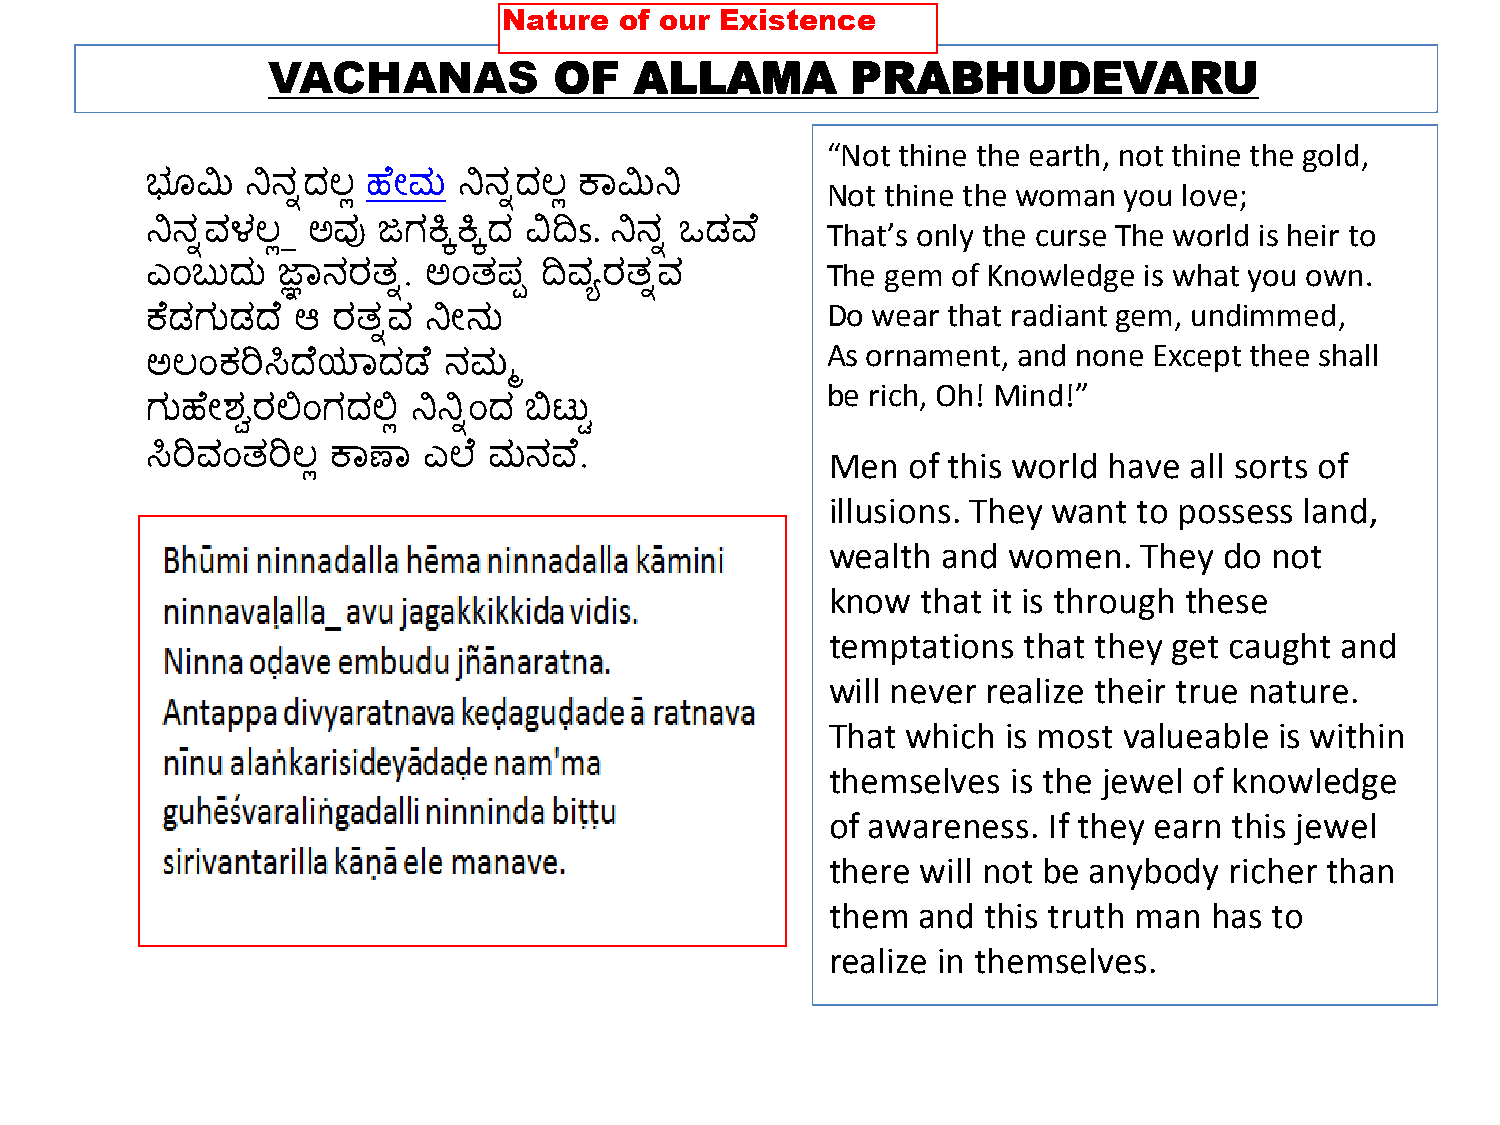
VACHANAS           OF   ALLAMA        PRABHUDEVARU
 “Not thine the earth, not thine the gold,
 ಭ್ಮಿ  ನ್ನನಿದಲ್ಲ ಹ ೋಮ ನ್ನನಿದಲ್ಲ ಕಾಮಿನ್ನ       Not thine the woman you love;
 s.
 That’s only the curse The world is heir to
 ನ್ನನಿವಳಲ್_ಲ ಅವು ಜಗಕ್ಕಿಕ್ಕಿದ ವಿದಿ ನ್ನನಿ ಒಡವ್
 The gem of Knowledge is what you own.
 ಎಂಬುದು  ಜ್ಞಾನರತ್ಿ. ಅಂತ್ಪಪ ದಿವಯರತ್ಿವ
 Do wear that radiant gem, undimmed,
 ಕ ಡಗುಡದ   ಆ ರತ್ಿವ ನ್ನೋನು
 As ornament, and none Except thee shall
 ಅಲ್ಂಕರಿಸಿದ ಯ್ಾದಡ   ನಮಮ
 be rich, Oh! Mind!”
 ಗುಹ ೋಶ್ವರಲಿಂಗದಲಿಲ ನ್ನನ್ನಿಂದ ಬಿಟುು
 ಸಿರಿವಂತ್ರಿಲ್ಲ ಕಾಣಾ ಎಲ ಮನವ್  .                Men  of this world have all sorts of
 illusions. They want to possess land,
 wealth and  women.   They do not
 know  that it is through these
 temptations  that they get caught and
 will never realize their true nature.
 That which  is most valueable is within
 themselves  is the jewel of knowledge
 of awareness. If they earn this jewel
 there will not be anybody richer than
 them  and this truth man has to
 realize in themselves.